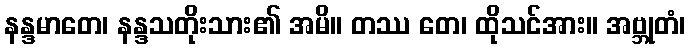
နန္ဒမာတေ၊ နန္ဒသတိုးသား၏ အမိ။ တဿ တေ၊ ထိုသင်အား။ အဗ္ဘုတံ၊